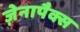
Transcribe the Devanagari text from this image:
ज़ेनापैक्स